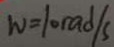
W = 1 0 r a d / s